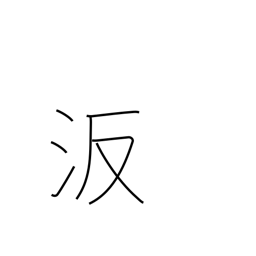
Meaning: proper name